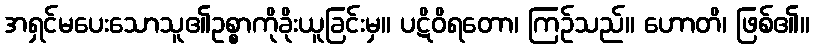
အရှင်မပေးသောသူ၏ဥစ္စာကိုခိုးယူခြင်းမှ။ ပဋိဝိရတော၊ ကြဉ်သည်။ ဟောတိ၊ ဖြစ်၏။